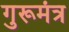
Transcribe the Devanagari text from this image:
गुरूमंत्र